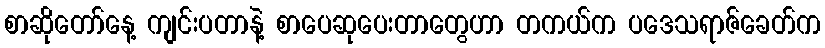
စာဆိုတော်နေ့ ကျင်းပတာနဲ့ စာပေဆုပေးတာတွေဟာ တကယ်က ပဒေသရာဇ်ခေတ်က